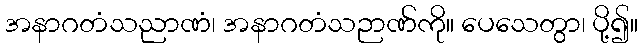
အနာဂတံသညာဏံ၊ အနာဂတံသဉာဏ်ကို။ ပေသေတွာ၊ ပို့၍။